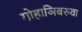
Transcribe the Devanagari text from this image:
गोहाञिबरुवा